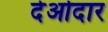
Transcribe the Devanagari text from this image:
देओदार